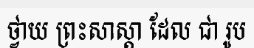
ថ្វាយ ព្រះសាស្តា ដែល ជា រូប